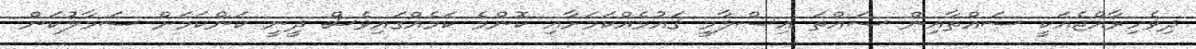
ދިވެހިރާއްޖެއަކީ ސައްތާއިން ސައްތަ އިސްލާމީ ޤައުމެއްކަމަށާއި ކޮންމެ ކަމެއްގައިވެސް ދީނީ ކަންކަމަށް ސަމާލުކަން